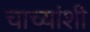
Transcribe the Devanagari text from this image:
चाच्यांशी